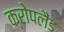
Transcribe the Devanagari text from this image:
क्रोपलैंड